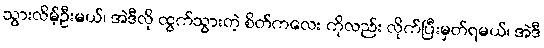
သွားလိမ့်ဦးမယ်၊ အဲဒီလို ထွက်သွားတဲ့ စိတ်ကလေး ကိုလည်း လိုက်ပြီးမှတ်ရမယ်၊ အဲဒီ